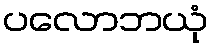
ပလောဘယုံ